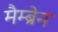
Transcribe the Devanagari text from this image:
मैम्ब्रेन